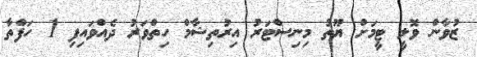
ޒުވާން ވޮލީ ޓީމަށް ޔޫތު މިނިސްޓަރު އިރުތިޝާމް ހިތްވަރު ދެއްވައިފި 1 ހަފްތާ